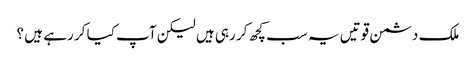
ملک دشمن قوتیں یہ سب کچھ کر رہی ہیں لیکن آپ کیا کر رہے ہیں ؟